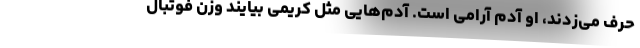
حرف می‌زدند، او آدم آرامی است. آدم‌هایی مثل کریمی بیایند وزن فوتبال